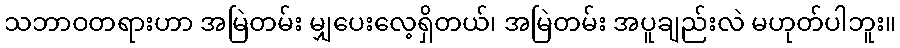
သဘာဝတရားဟာ အမြဲတမ်း မျှပေးလေ့ရှိတယ်၊ အမြဲတမ်း အပူချည်းလဲ မဟုတ်ပါဘူး။